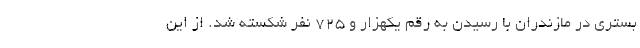
بستری در مازندران با رسیدن به رقم یکهزار و ۷۲۵ نفر شکسته شد. از این